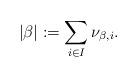
LaTeX: \begin{align*} |\beta|:=\sum_{i\in I} \nu_{\beta,i}.\end{align*}